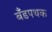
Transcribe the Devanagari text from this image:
बँडपथक